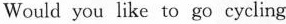
Would you like to go cycling